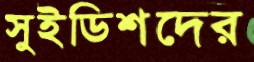
সুইডিশদের